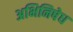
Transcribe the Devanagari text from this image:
अभिनिषेध